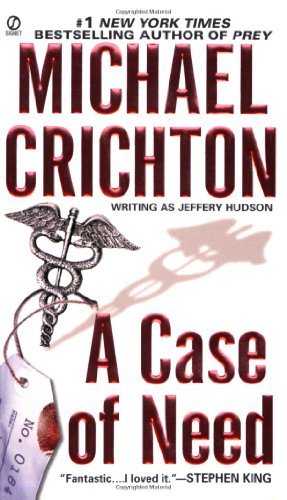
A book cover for A Case of Need; Michael Crichton; Mystery, Thriller & Suspense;